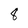
Character: 8